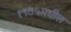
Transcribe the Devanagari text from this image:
१९७५मधील